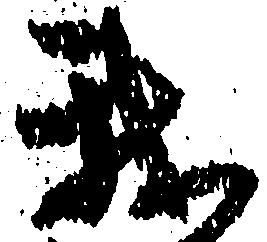
我